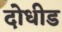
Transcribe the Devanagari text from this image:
दोधीड